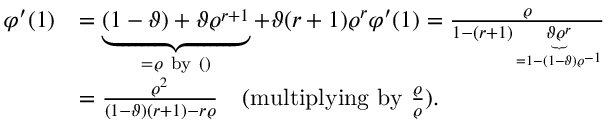
\begin{array} { r l } { \varphi ^ { \prime } ( 1 ) } & { = \underbrace { ( 1 - \vartheta ) + \vartheta \varrho ^ { r + 1 } } _ { = \varrho \mathrm { ~ b y ~ ( ) } } + \vartheta ( r + 1 ) \varrho ^ { r } \varphi ^ { \prime } ( 1 ) = \frac { \varrho } { 1 - ( r + 1 ) \underbrace { \vartheta \varrho ^ { r } } _ { = 1 - ( 1 - \vartheta ) \varrho ^ { - 1 } } } } \\ & { = \frac { \varrho ^ { 2 } } { ( 1 - \vartheta ) ( r + 1 ) - r \varrho } \quad ( \mathrm { m u l t i p l y i n g ~ b y ~ } \frac { \varrho } { \varrho } ) . } \end{array}